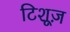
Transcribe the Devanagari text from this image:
टिशूज़